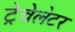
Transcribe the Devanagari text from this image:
ट्रेवेलेटर